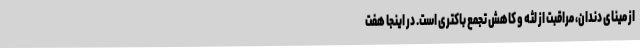
از مینای دندان، مراقبت از لثه و کاهش تجمع باکتری است. در اینجا هفت